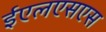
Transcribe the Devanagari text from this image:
ईएलएसएस